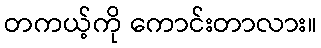
တကယ့်ကို ကောင်းတာလား။